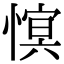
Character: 𢟫